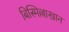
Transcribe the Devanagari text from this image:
बिस्मिल्लाखान